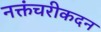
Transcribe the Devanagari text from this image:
नक्तंचरीकदन